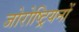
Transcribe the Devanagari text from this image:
जोरोष्ट्रियनों